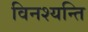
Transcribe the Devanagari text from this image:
विनश्यन्ति